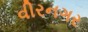
વીરનગર